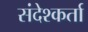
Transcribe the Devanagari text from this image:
संदेश्कर्ता